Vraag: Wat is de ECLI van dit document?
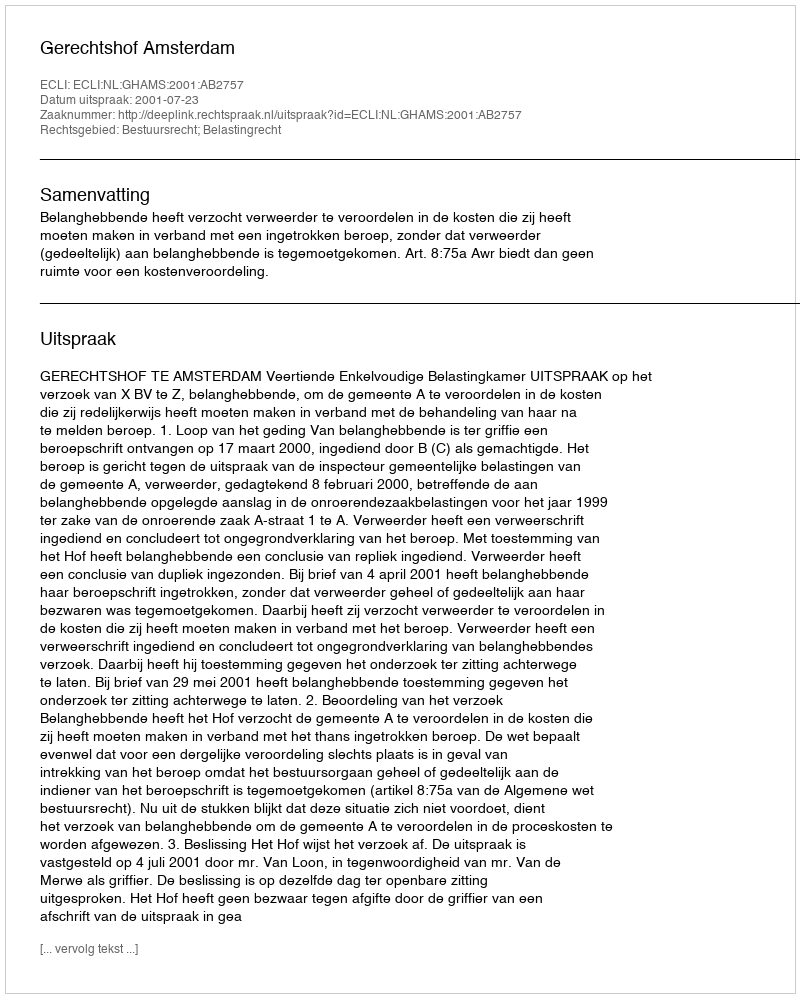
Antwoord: ECLI:NL:GHAMS:2001:AB2757